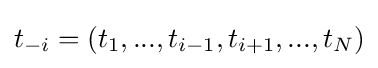
t_{-i}=(t_{1},...,t_{i-1},t_{i+1},...,t_{N})